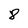
Character: 8